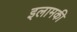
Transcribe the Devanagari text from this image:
इलामकी